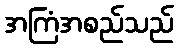
အကြံအစည်သည်